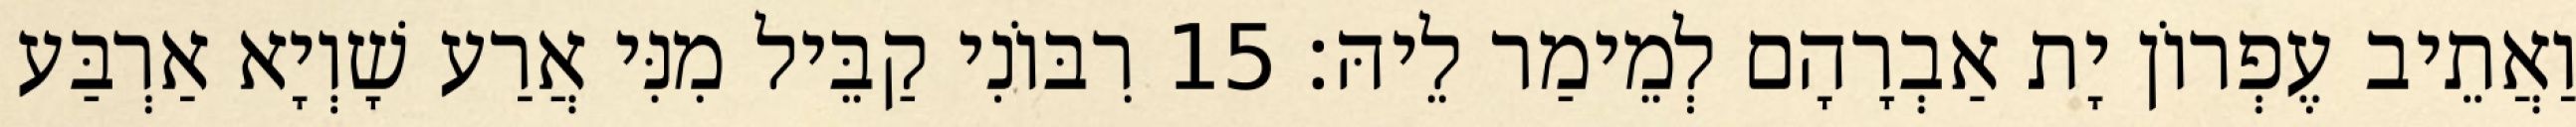
וַאֲתֵיב עֶפְרוֹן יָת אַבְרָהָם לְמֵימַר לֵיהּ׃ 15 רִבּוֹנִי קַבֵּיל מִנִּי אֲרַע שָׁוְיָא אַרְבַּע